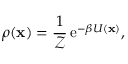
\rho ( \mathbf { x } ) = \frac { 1 } { \mathcal { Z } } \operatorname { e } ^ { - \beta U ( \mathbf { x } ) } ,